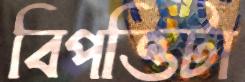
বিপত্তিটা